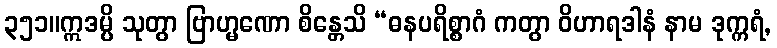
၃၅၁။ဣဒမ္ပိ သုတွာ ဗြာဟ္မဏော စိန္တေသိ “ဓနပရိစ္စာဂံ ကတွာ ဝိဟာရဒါနံ နာမ ဒုက္ကရံ,